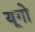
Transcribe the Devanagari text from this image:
यूगो